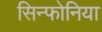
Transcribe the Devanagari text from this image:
सिन्फोनिया